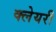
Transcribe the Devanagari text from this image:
क्लेयरी